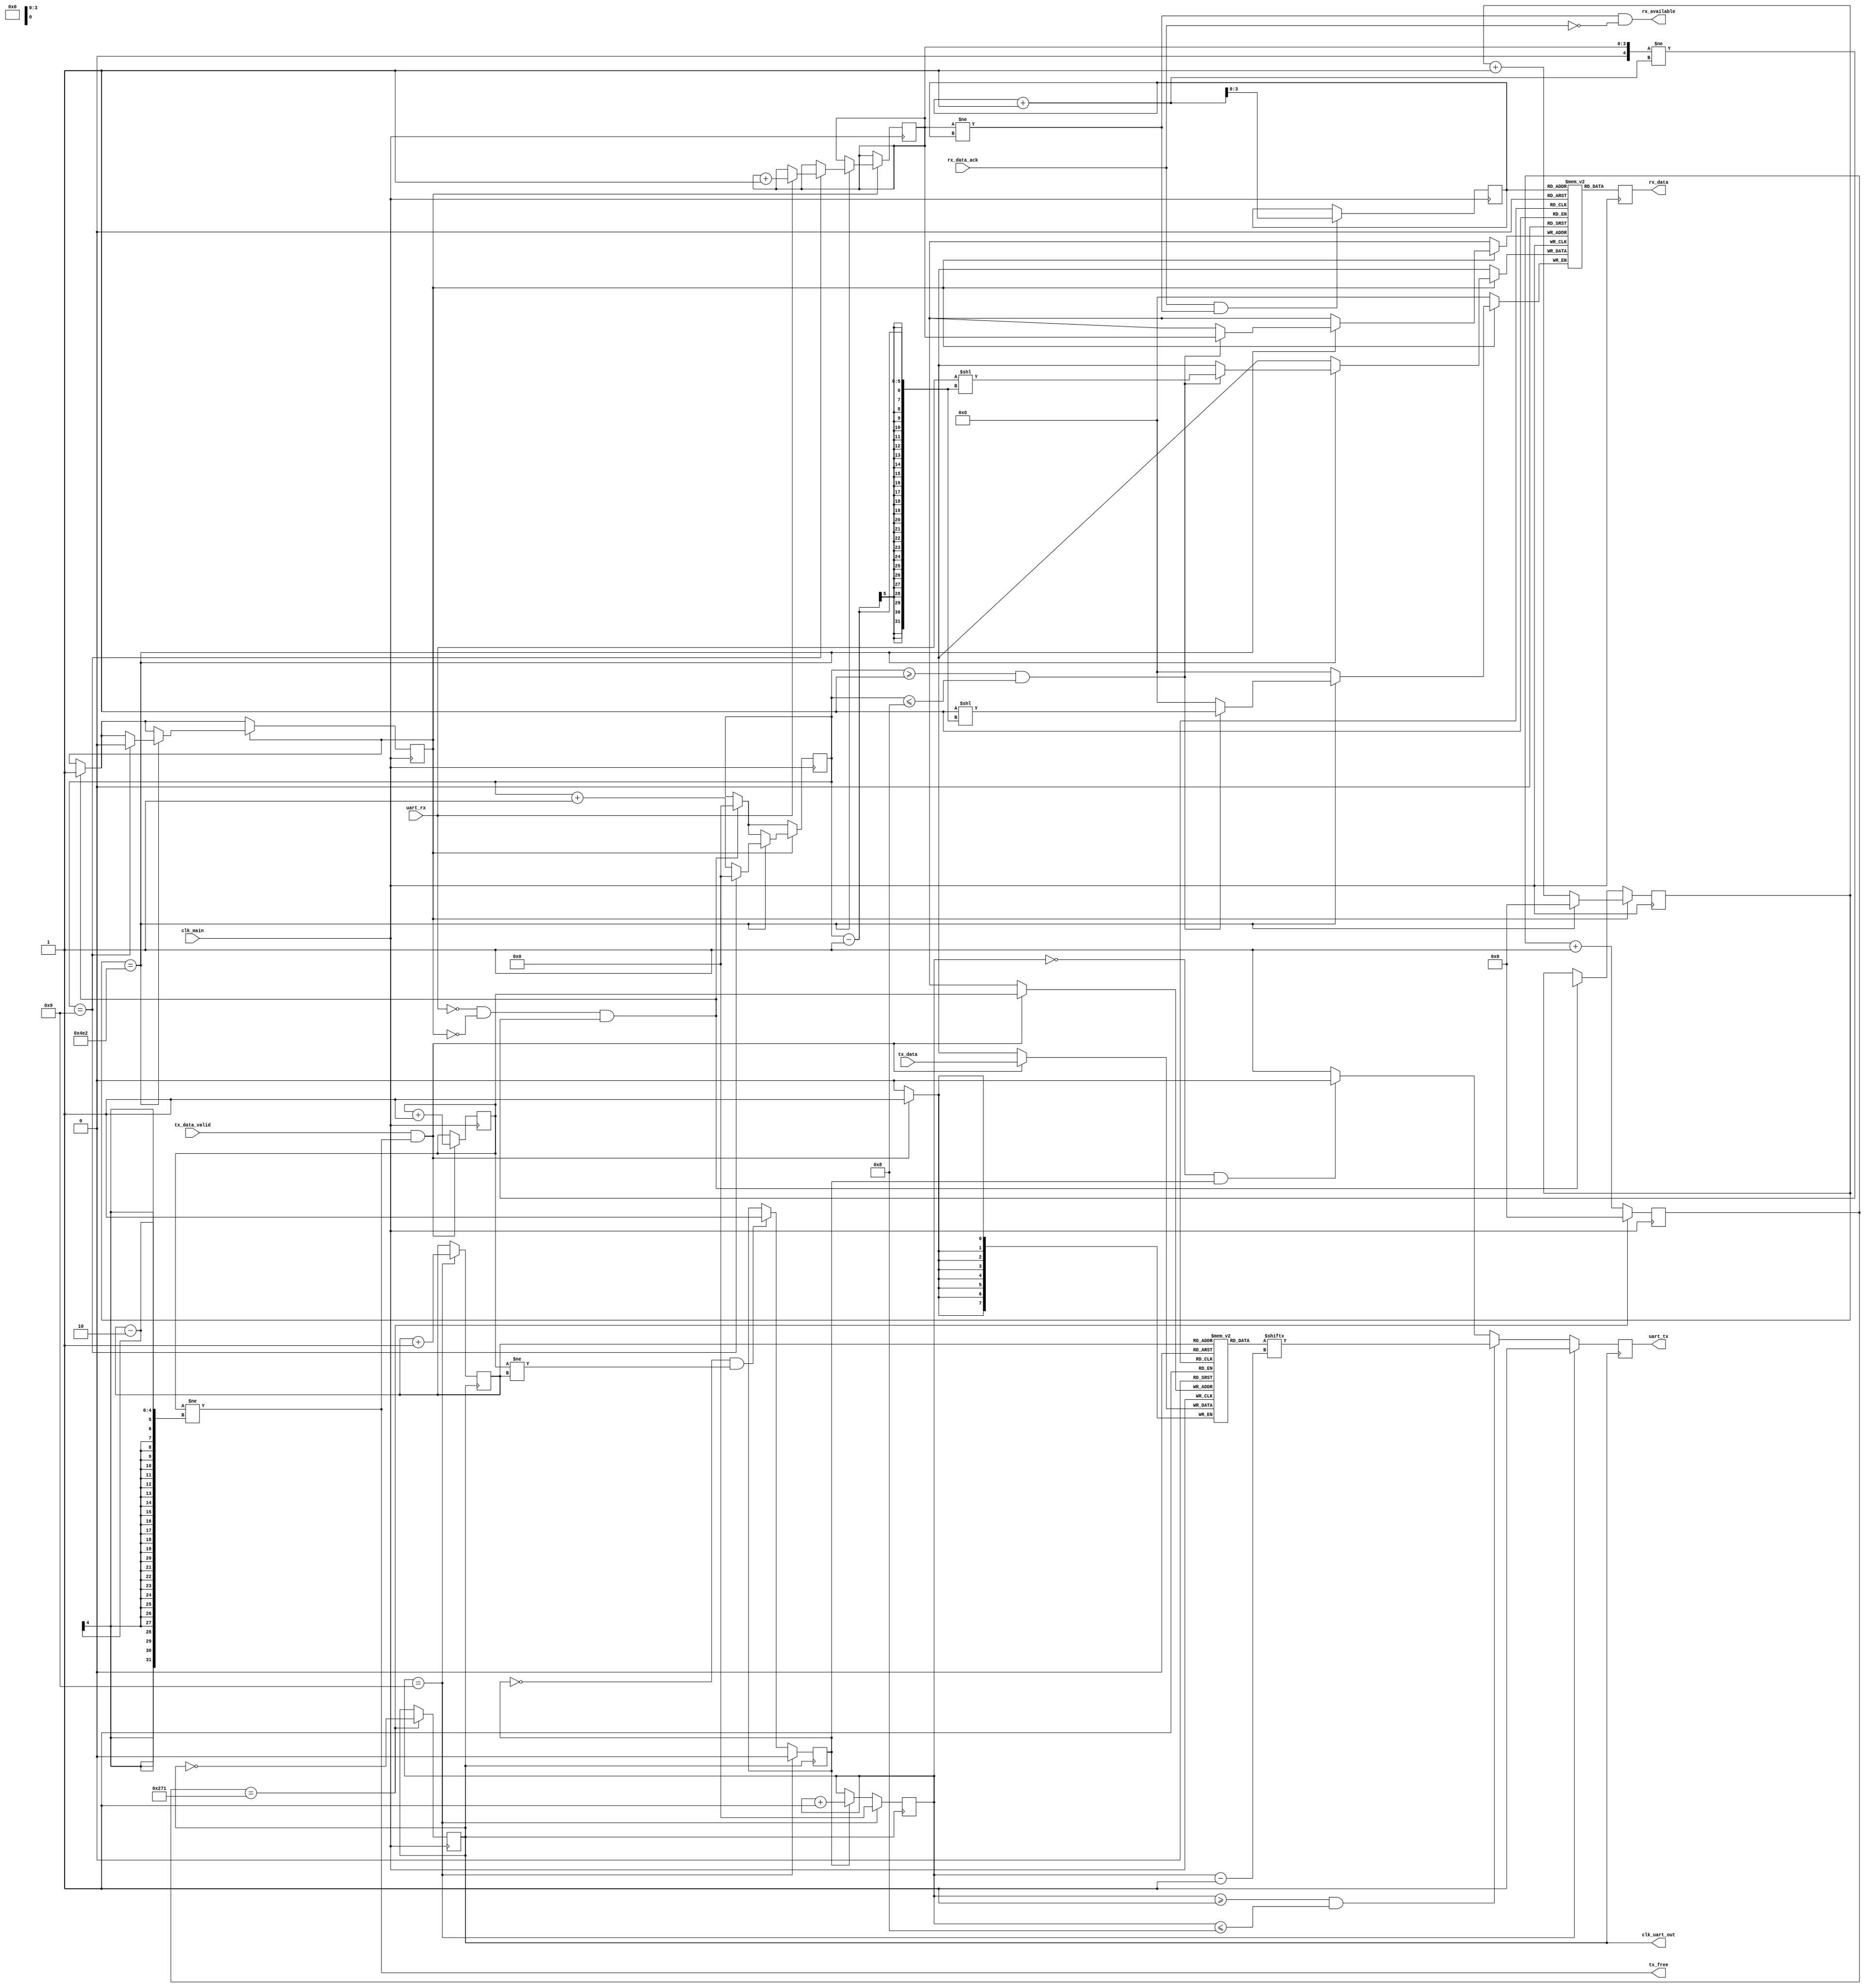
module uart(input clk_main, //clk of the system, should be larger than the target uart clk
            output tx_free, //indicates if there is space in the buffer to send uart byte
            input [7:0] tx_data, //data to send to uart
            input tx_data_valid, //assert the data to write
            output rx_available, //indicates that a byte was received and is in the buffer
            output reg[7:0] rx_data, //oldest non acknowledged received byte
            input rx_data_ack, //acknowledge the received byte, rx_data will contain the next one (or nothing if rx_available==0)
            output clk_uart_out, //clk for the uart tx, if needed for synchronous uart
            output reg uart_tx, //uart tx line
            input uart_rx); //uart rx line
   parameter FREQ_MAIN_HZ = 12000000;
   parameter FREQ_TARGET_UART_HZ = 9600;
   //amount of main clk before flipping the uart clk
   parameter HALF_UART_PERIOD = (FREQ_MAIN_HZ/FREQ_TARGET_UART_HZ)/2;

   reg [7:0] fifo_uart_tx [0:15];
   reg [3:0] fifo_uart_tx_head_write; //the element being writing to by main clk
   reg [3:0] fifo_uart_tx_head_read; //elem being read by uart clk

   reg start_sending;

   reg [7:0] fifo_uart_rx [0:15];
   reg [3:0] fifo_uart_rx_head_write; //the element being writing to by uart clk
   reg [3:0] fifo_uart_rx_head_read; //elem being read by main clk

   reg [19:0] clk_counter_tx;
   reg [19:0] clk_counter_rx;
   reg [4:0] rx_counter_bytes;
   reg rx_counting_bytes;
   reg [4:0] counter_uart_tx;
   reg [4:0] counter_uart_rx;

   reg clk_uart_tx;
   assign clk_uart_out = clk_uart_tx;

   //leave a 1-element margin of error just in case
   assign tx_free = (fifo_uart_tx_head_write != (fifo_uart_tx_head_read-2) );

   assign rx_available = (fifo_uart_rx_head_write != fifo_uart_rx_head_read) && !rx_data_ack;

   initial begin
      uart_tx = 0;

      fifo_uart_tx_head_write = 0;
      fifo_uart_tx_head_read = 0;
      fifo_uart_rx_head_write = 0;
      fifo_uart_rx_head_read = 0;

      start_sending = 0;

      clk_counter_tx = 0;
      clk_counter_rx = 0;
      rx_counting_bytes = 0;
      counter_uart_tx = 0;
      counter_uart_rx = 0;

      clk_uart_tx = 0;
   end

   always @(posedge clk_main)
   begin
      clk_counter_tx <= clk_counter_tx+1;

      rx_data <= fifo_uart_rx[fifo_uart_rx_head_read];

      if(clk_counter_tx == HALF_UART_PERIOD) begin
         clk_counter_tx <= 0;
         clk_uart_tx <= ~clk_uart_tx;
      end

      //check if space in fifo to start a read
      if(uart_rx == 0 && rx_counting_bytes == 0 && fifo_uart_rx_head_write != (fifo_uart_rx_head_read+1) ) begin
         rx_counting_bytes <= 1;
         rx_counter_bytes <= 0;
         clk_counter_rx <= HALF_UART_PERIOD2; //first read will happen at a half uart cycle
      end

      if(rx_counting_bytes == 1) begin
         clk_counter_rx <= clk_counter_rx + 1;
         if(clk_counter_rx == (HALF_UART_PERIOD*2)) begin
            rx_counter_bytes <= rx_counter_bytes + 1;
            clk_counter_rx <= 0;

            if(rx_counter_bytes >= 1 && rx_counter_bytes <= 8) begin
               fifo_uart_rx[fifo_uart_rx_head_write][rx_counter_bytes-1] <= uart_rx;
            end
            if(rx_counter_bytes == 9) begin
               if(uart_rx == 1) begin //ending bit well received, validate data in fifo, discarded otherwise
                  fifo_uart_rx_head_write <= fifo_uart_rx_head_write + 1;
               end
               rx_counting_bytes <= 0;
               rx_counter_bytes <= 0;
               clk_counter_rx <= 0;
            end
         end
      end

      //receive data from the module parent to send
      if(tx_data_valid == 1 && tx_free) begin
         fifo_uart_tx_head_write <= fifo_uart_tx_head_write+1;
         fifo_uart_tx[fifo_uart_tx_head_write] <= tx_data;
      end

      //acknowledge the current data, advance the fifo head
      if(rx_data_ack == 1 && (fifo_uart_rx_head_write != fifo_uart_rx_head_read) ) begin
         fifo_uart_rx_head_read <= fifo_uart_rx_head_read+1;
      end

   end

   //tx
   always @(posedge clk_uart_tx)
   begin
      //default uart is high
      uart_tx <= 1;

      if(start_sending == 1) begin
         counter_uart_tx <= counter_uart_tx + 1;
      end

      if(start_sending == 0 && fifo_uart_tx_head_write != fifo_uart_tx_head_read) begin
         start_sending <= 1;
      end

      //start bit only when start sending o/w will never have tx=1
      if(counter_uart_tx == 0 && start_sending == 1) begin
         uart_tx <= 0; //start bit
      end
      if(counter_uart_tx >= 1 && counter_uart_tx <= 8) begin
         uart_tx <= fifo_uart_tx[fifo_uart_tx_head_read][counter_uart_tx-1];
      end
      if (counter_uart_tx == 9) begin
         uart_tx <= 1; //end bit
         counter_uart_tx <= 0;
         start_sending <= 0;
         fifo_uart_tx_head_read <= fifo_uart_tx_head_read + 1;
      end
   end

endmodule